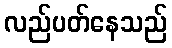
လည်ပတ်နေသည်